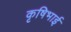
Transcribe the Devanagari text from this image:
कृषिभाई